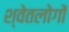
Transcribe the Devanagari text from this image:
श्वेतलोगों